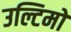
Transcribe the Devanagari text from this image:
उल्टिमो